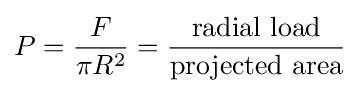
P={\frac {F}{\pi R^{2}}}={\frac {\mathrm {radial\ load} }{\mathrm {projected\ area} }}